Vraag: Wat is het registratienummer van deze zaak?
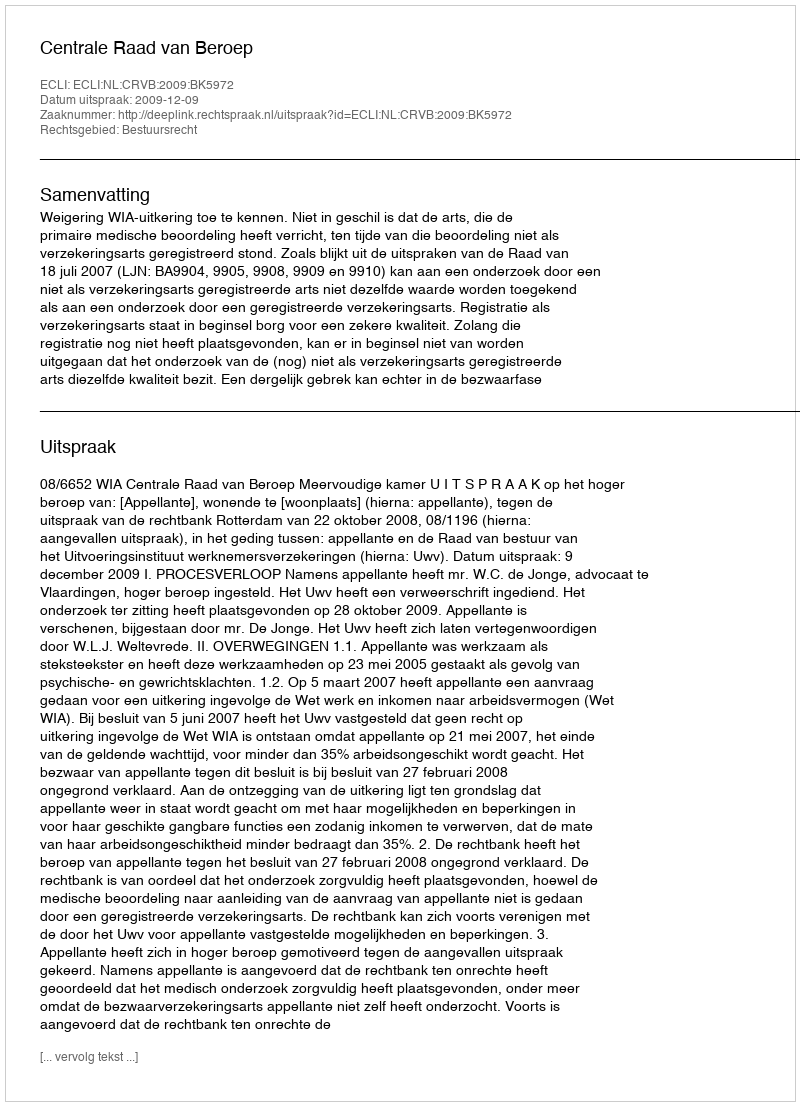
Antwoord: http://deeplink.rechtspraak.nl/uitspraak?id=ECLI:NL:CRVB:2009:BK5972